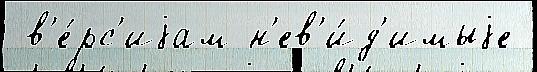
 в'е́рс'иjам н'ев'и́д'имыjе